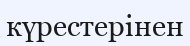
күрестерінен